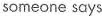
someone says